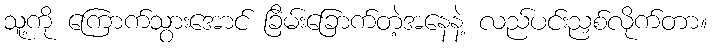
သူ့ကို ကြောက်သွားအောင် ခြိမ်းခြောက်တဲ့အနေနဲ့ လည်ပင်းညှစ်လိုက်တာ။